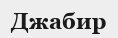
Джабир